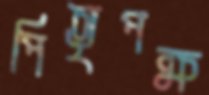
পিতৃপক্ষ